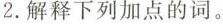
2.解释下列加点的词。